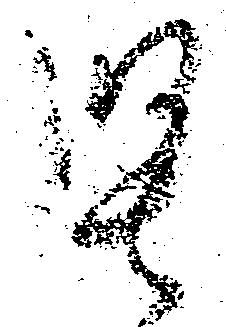
堅